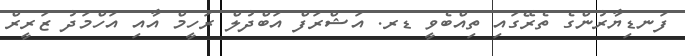
ފަނޑިޔާރުންގެ ތެރޭގައި ތިއްބެވީ ޑރ. އަޝްރަފް އަބްދުލް ރަހީމް އާއި އަހްމަދު ޒަރީރް